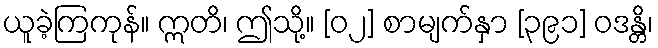
ယူခဲ့ကြကုန်။ ဣတိ၊ ဤသို့။ [၀၂] စာမျက်နှာ [၃၉၁] ဝဒန္တိ၊